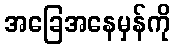
အခြေအနေမှန်ကို